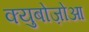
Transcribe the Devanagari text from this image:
क्युबोज़ोआ